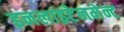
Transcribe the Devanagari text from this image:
इनलाइटेनमेन्ट